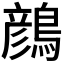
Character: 𪃛